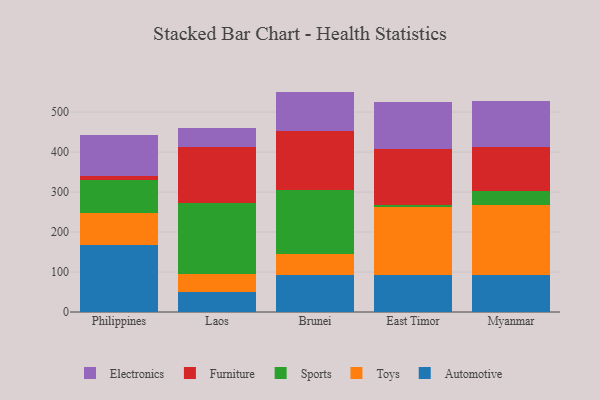
{"axis": {"x": "Country", "y": "Demand Index"}, "legend": ["Automotive", "Electronics", "Furniture", "Sports", "Toys"], "data": [{"x": "Philippines", "y": 167.5, "type": "Automotive"}, {"x": "Philippines", "y": 81.0, "type": "Toys"}, {"x": "Philippines", "y": 82.0, "type": "Sports"}, {"x": "Philippines", "y": 9.0, "type": "Furniture"}, {"x": "Philippines", "y": 102.1, "type": "Electronics"}, {"x": "Laos", "y": 49.3, "type": "Automotive"}, {"x": "Laos", "y": 46.4, "type": "Toys"}, {"x": "Laos", "y": 176.5, "type": "Sports"}, {"x": "Laos", "y": 140.3, "type": "Furniture"}, {"x": "Laos", "y": 46.6, "type": "Electronics"}, {"x": "Brunei", "y": 91.5, "type": "Automotive"}, {"x": "Brunei", "y": 53.3, "type": "Toys"}, {"x": "Brunei", "y": 160.4, "type": "Sports"}, {"x": "Brunei", "y": 148.0, "type": "Furniture"}, {"x": "Brunei", "y": 98.0, "type": "Electronics"}, {"x": "East Timor", "y": 91.5, "type": "Automotive"}, {"x": "East Timor", "y": 170.0, "type": "Toys"}, {"x": "East Timor", "y": 6.4, "type": "Sports"}, {"x": "East Timor", "y": 138.9, "type": "Furniture"}, {"x": "East Timor", "y": 119.0, "type": "Electronics"}, {"x": "Myanmar", "y": 92.8, "type": "Automotive"}, {"x": "Myanmar", "y": 174.1, "type": "Toys"}, {"x": "Myanmar", "y": 36.9, "type": "Sports"}, {"x": "Myanmar", "y": 107.9, "type": "Furniture"}, {"x": "Myanmar", "y": 114.9, "type": "Electronics"}]}